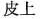
皮上